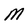
Character: M